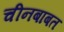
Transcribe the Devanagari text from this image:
चीनबाबत